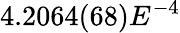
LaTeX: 4.2064(68)E^{-4}